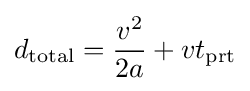
d_{\text{total}}={\frac {v^{2}}{2a}}+vt_{\text{prt}}